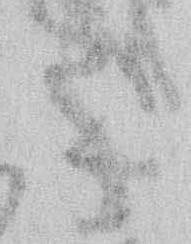
候